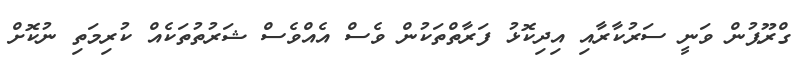
ގްރޫޕުން ވަނީ ސަރުކާރާއި އިދިކޮޅު ފަރާތްތަކުން ވެސް އެއްވެސް ޝަރުތުތަކެއް ކުރިމަތި ނުކޮށް